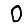
Digit: 0